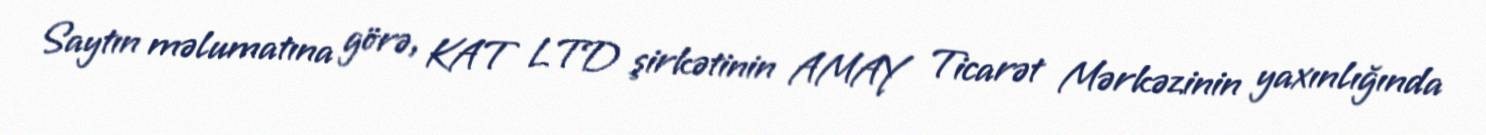
Saytın məlumatına görə, KAT LTD şirkətinin AMAY Ticarət Mərkəzinin yaxınlığında